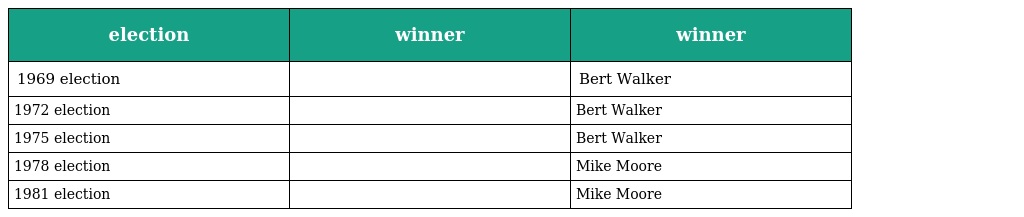
| election | winner | winner |
 | --- | --- | --- |
 | 1969 election |  | Bert Walker |
 | 1972 election |  | Bert Walker |
 | 1975 election |  | Bert Walker |
 | 1978 election |  | Mike Moore |
 | 1981 election |  | Mike Moore |